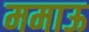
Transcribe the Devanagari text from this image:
ममाऊ